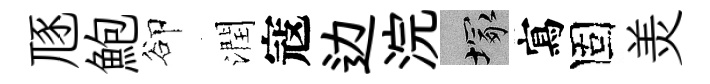
豗鮑卻潤寇边浣塚寫固羙